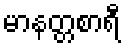
မာနတ္တစာရီ